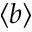
\left< b \right>